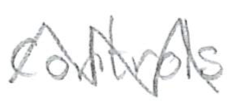
Text: controls
Cross-out: zig-zag
Writing tool: pencil